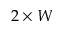
2 \times W